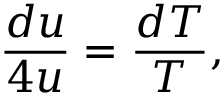
{ \frac { d u } { 4 u } } = { \frac { d T } { T } } ,